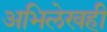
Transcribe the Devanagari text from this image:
अभिलेखही